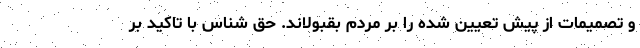
و تصمیمات از پیش تعیین شده را بر مردم بقبولاند. حق شناس با تاکید بر